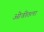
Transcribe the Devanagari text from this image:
ओवीतला